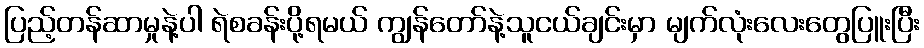
ပြည့်တန်ဆာမှုနဲ့ပါ ရဲစခန်းပို့ရမယ် ကျွန်တော်နဲ့သူငယ်ချင်းမှာ မျက်လုံးလေးတွေပြူးပြီး